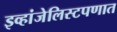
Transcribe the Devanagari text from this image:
इव्हांजेलिस्टपणात